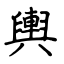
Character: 輿